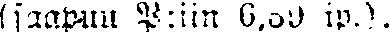
(sapuu P:iin 6,39 ip.).